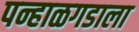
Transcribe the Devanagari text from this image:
पन्हाळगडाला